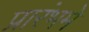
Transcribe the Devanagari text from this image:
प्रारंभमे